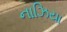
નાઝિયા